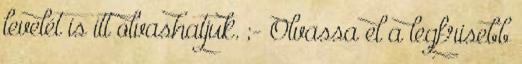
levelét is itt olvashatjuk. ;- Olvassa el a legfrisebb